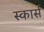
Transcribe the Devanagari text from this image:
स्कार्स